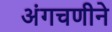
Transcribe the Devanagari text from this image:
अंगचणीने